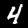
Label: 4